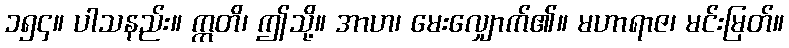
၁၅၄။ ပါသနည်း။ ဣတိ၊ ဤသို့။ အာဟ၊ မေးလျှောက်၏။ မဟာရာဇ၊ မင်းမြတ်။